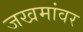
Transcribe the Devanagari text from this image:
जखमांवर